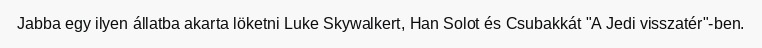
Jabba egy ilyen állatba akarta löketni Luke Skywalkert, Han Solot és Csubakkát "A Jedi visszatér"-ben.